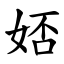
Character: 娝